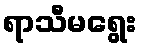
ရာသီမရွေး